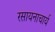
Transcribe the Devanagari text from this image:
रसायनाचार्य